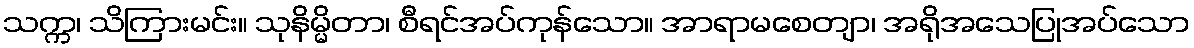
သက္က၊ သိကြားမင်း။ သုနိမ္မိတာ၊ စီရင်အပ်ကုန်သော။ အာရာမစေတျာ၊ အရိုအသေပြုအပ်သော